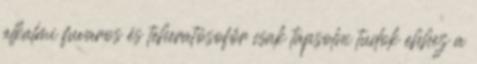
alkalmi fuvaros és teheratósofőr csak tapsolni tudok ehhez a